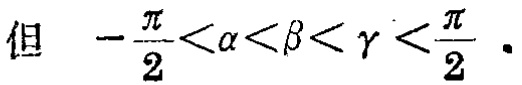
但 \(-\frac{\pi}{2}<\alpha<\beta<\gamma<\frac{\pi}{2}\) .